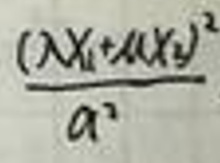
\(\frac{( \lambda x _ { 1 } + \mu x _ { 2 } ) ^ { 2 }}{a ^ { 2 }}\)